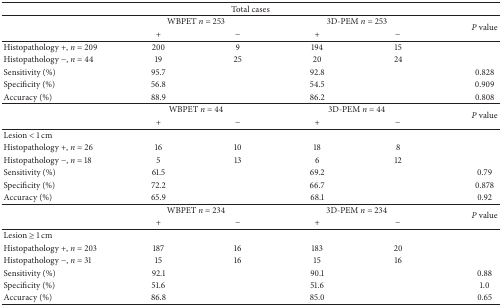
<table><thead><tr><td colspan="6"><b>Total cases</b></td></tr></thead><tbody><tr><td> </td><td colspan="2"> WBPET <i>n</i> = 253</td><td colspan="2"> 3D-PEM <i>n</i> = 253</td><td rowspan="2"><i>P</i> value</td></tr><tr><td> </td><td>+</td><td>−</td><td>+</td><td>−</td></tr><tr><td>Histopathology +, <i>n</i> = 209</td><td>200</td><td>9</td><td>194</td><td>15</td><td> </td></tr><tr><td>Histopathology −, <i>n</i> = 44</td><td>19</td><td>25</td><td>20</td><td>24</td><td> </td></tr><tr><td>Sensitivity (%)</td><td>95.7</td><td> </td><td>92.8</td><td> </td><td>0.828</td></tr><tr><td>Specificity (%)</td><td>56.8</td><td> </td><td>54.5</td><td> </td><td>0.909</td></tr><tr><td>Accuracy (%)</td><td>88.9</td><td> </td><td>86.2</td><td> </td><td>0.808</td></tr><tr><td> </td><td colspan="2"> WBPET <i>n</i> = 44</td><td colspan="2"> 3D-PEM <i>n</i> = 44</td><td rowspan="2"><i>P</i> value</td></tr><tr><td> </td><td>+</td><td>−</td><td>+</td><td>−</td></tr><tr><td>Lesion &lt; 1 cm</td><td> </td><td> </td><td> </td><td> </td><td> </td></tr><tr><td>Histopathology +, <i>n</i> = 26</td><td>16</td><td>10</td><td>18</td><td>8</td><td> </td></tr><tr><td>Histopathology −, <i>n</i> = 18</td><td>5</td><td>13</td><td>6</td><td>12</td><td> </td></tr><tr><td>Sensitivity (%)</td><td>61.5</td><td> </td><td>69.2</td><td> </td><td>0.79</td></tr><tr><td>Specificity (%)</td><td>72.2</td><td> </td><td>66.7</td><td> </td><td>0.878</td></tr><tr><td>Accuracy (%)</td><td>65.9</td><td> </td><td>68.1</td><td> </td><td>0.92</td></tr><tr><td> </td><td colspan="2"> WBPET <i>n</i> = 234</td><td colspan="2"> 3D-PEM <i>n</i> = 234</td><td rowspan="2"><i>P</i> value</td></tr><tr><td> </td><td>+</td><td>−</td><td>+</td><td>−</td></tr><tr><td>Lesion ≥ 1 cm</td><td> </td><td> </td><td> </td><td> </td><td> </td></tr><tr><td>Histopathology +, <i>n</i> = 203</td><td>187</td><td>16</td><td>183</td><td>20</td><td> </td></tr><tr><td>Histopathology −, <i>n</i> = 31</td><td>15</td><td>16</td><td>15</td><td>16</td><td> </td></tr><tr><td>Sensitivity (%)</td><td>92.1</td><td> </td><td>90.1</td><td> </td><td>0.88</td></tr><tr><td>Specificity (%)</td><td>51.6</td><td> </td><td>51.6</td><td> </td><td>1.0</td></tr><tr><td>Accuracy (%)</td><td>86.8</td><td> </td><td>85.0</td><td> </td><td>0.65</td></tr></tbody></table>